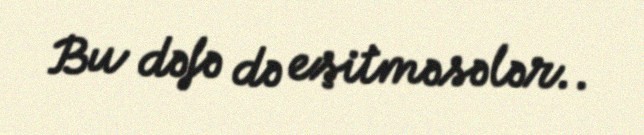
Bu dəfə də eşitməsələr..